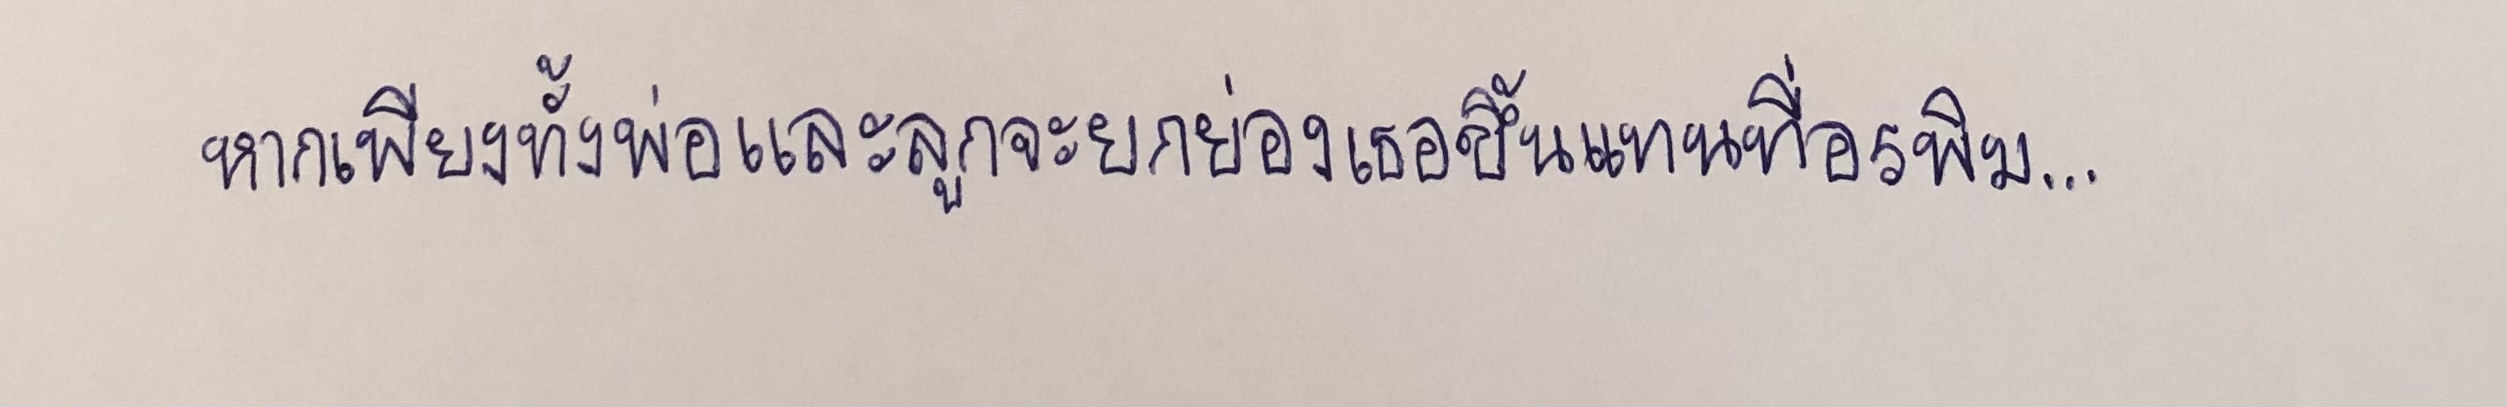
หากเพียงทั้งพ่อและลูกจะยกย่องเธอขึ้นแทนที่อรพิม...